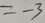
= - 3